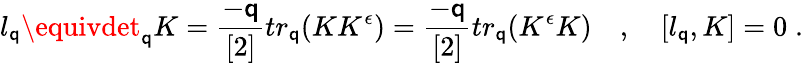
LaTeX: l_{\mathsf{q}}\equivdet_{\mathsf{q}}K=\frac{{-\mathsf{q}}}{{[2]}}tr_{\mathsf{q}}(KK^{\epsilon})=\frac{{-\mathsf{q}}}{{[2]}}tr_{\mathsf{q}}(K^{\epsilon}K)\quad,\quad[l_{\mathsf{q}},K]=0\; .